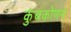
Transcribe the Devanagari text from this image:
कुंबकोणम